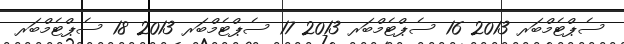
ސެޕްޓެމްބަރ 2013 16 ސެޕްޓެމްބަރ 2013 17 ސެޕްޓެމްބަރ 2013 18 ސެޕްޓެމްބަރ